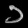
Digit: ၁